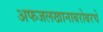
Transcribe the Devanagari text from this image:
अफजलखानाबरोबरचे